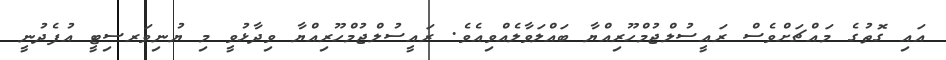
އައި ގޮތުގެ މައްޗަށްވެސް ރައީސުލްޖުމްހޫރިއްޔާ ބައްލަވާލެއްވިއެވެ. ރައީސުލްޖުމްހޫރިއްޔާ ވިދާޅުވީ މި ޔުނިވަރސިޓީ އުފެދުނީ